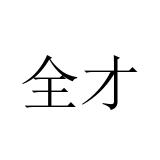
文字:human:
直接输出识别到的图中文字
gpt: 全才